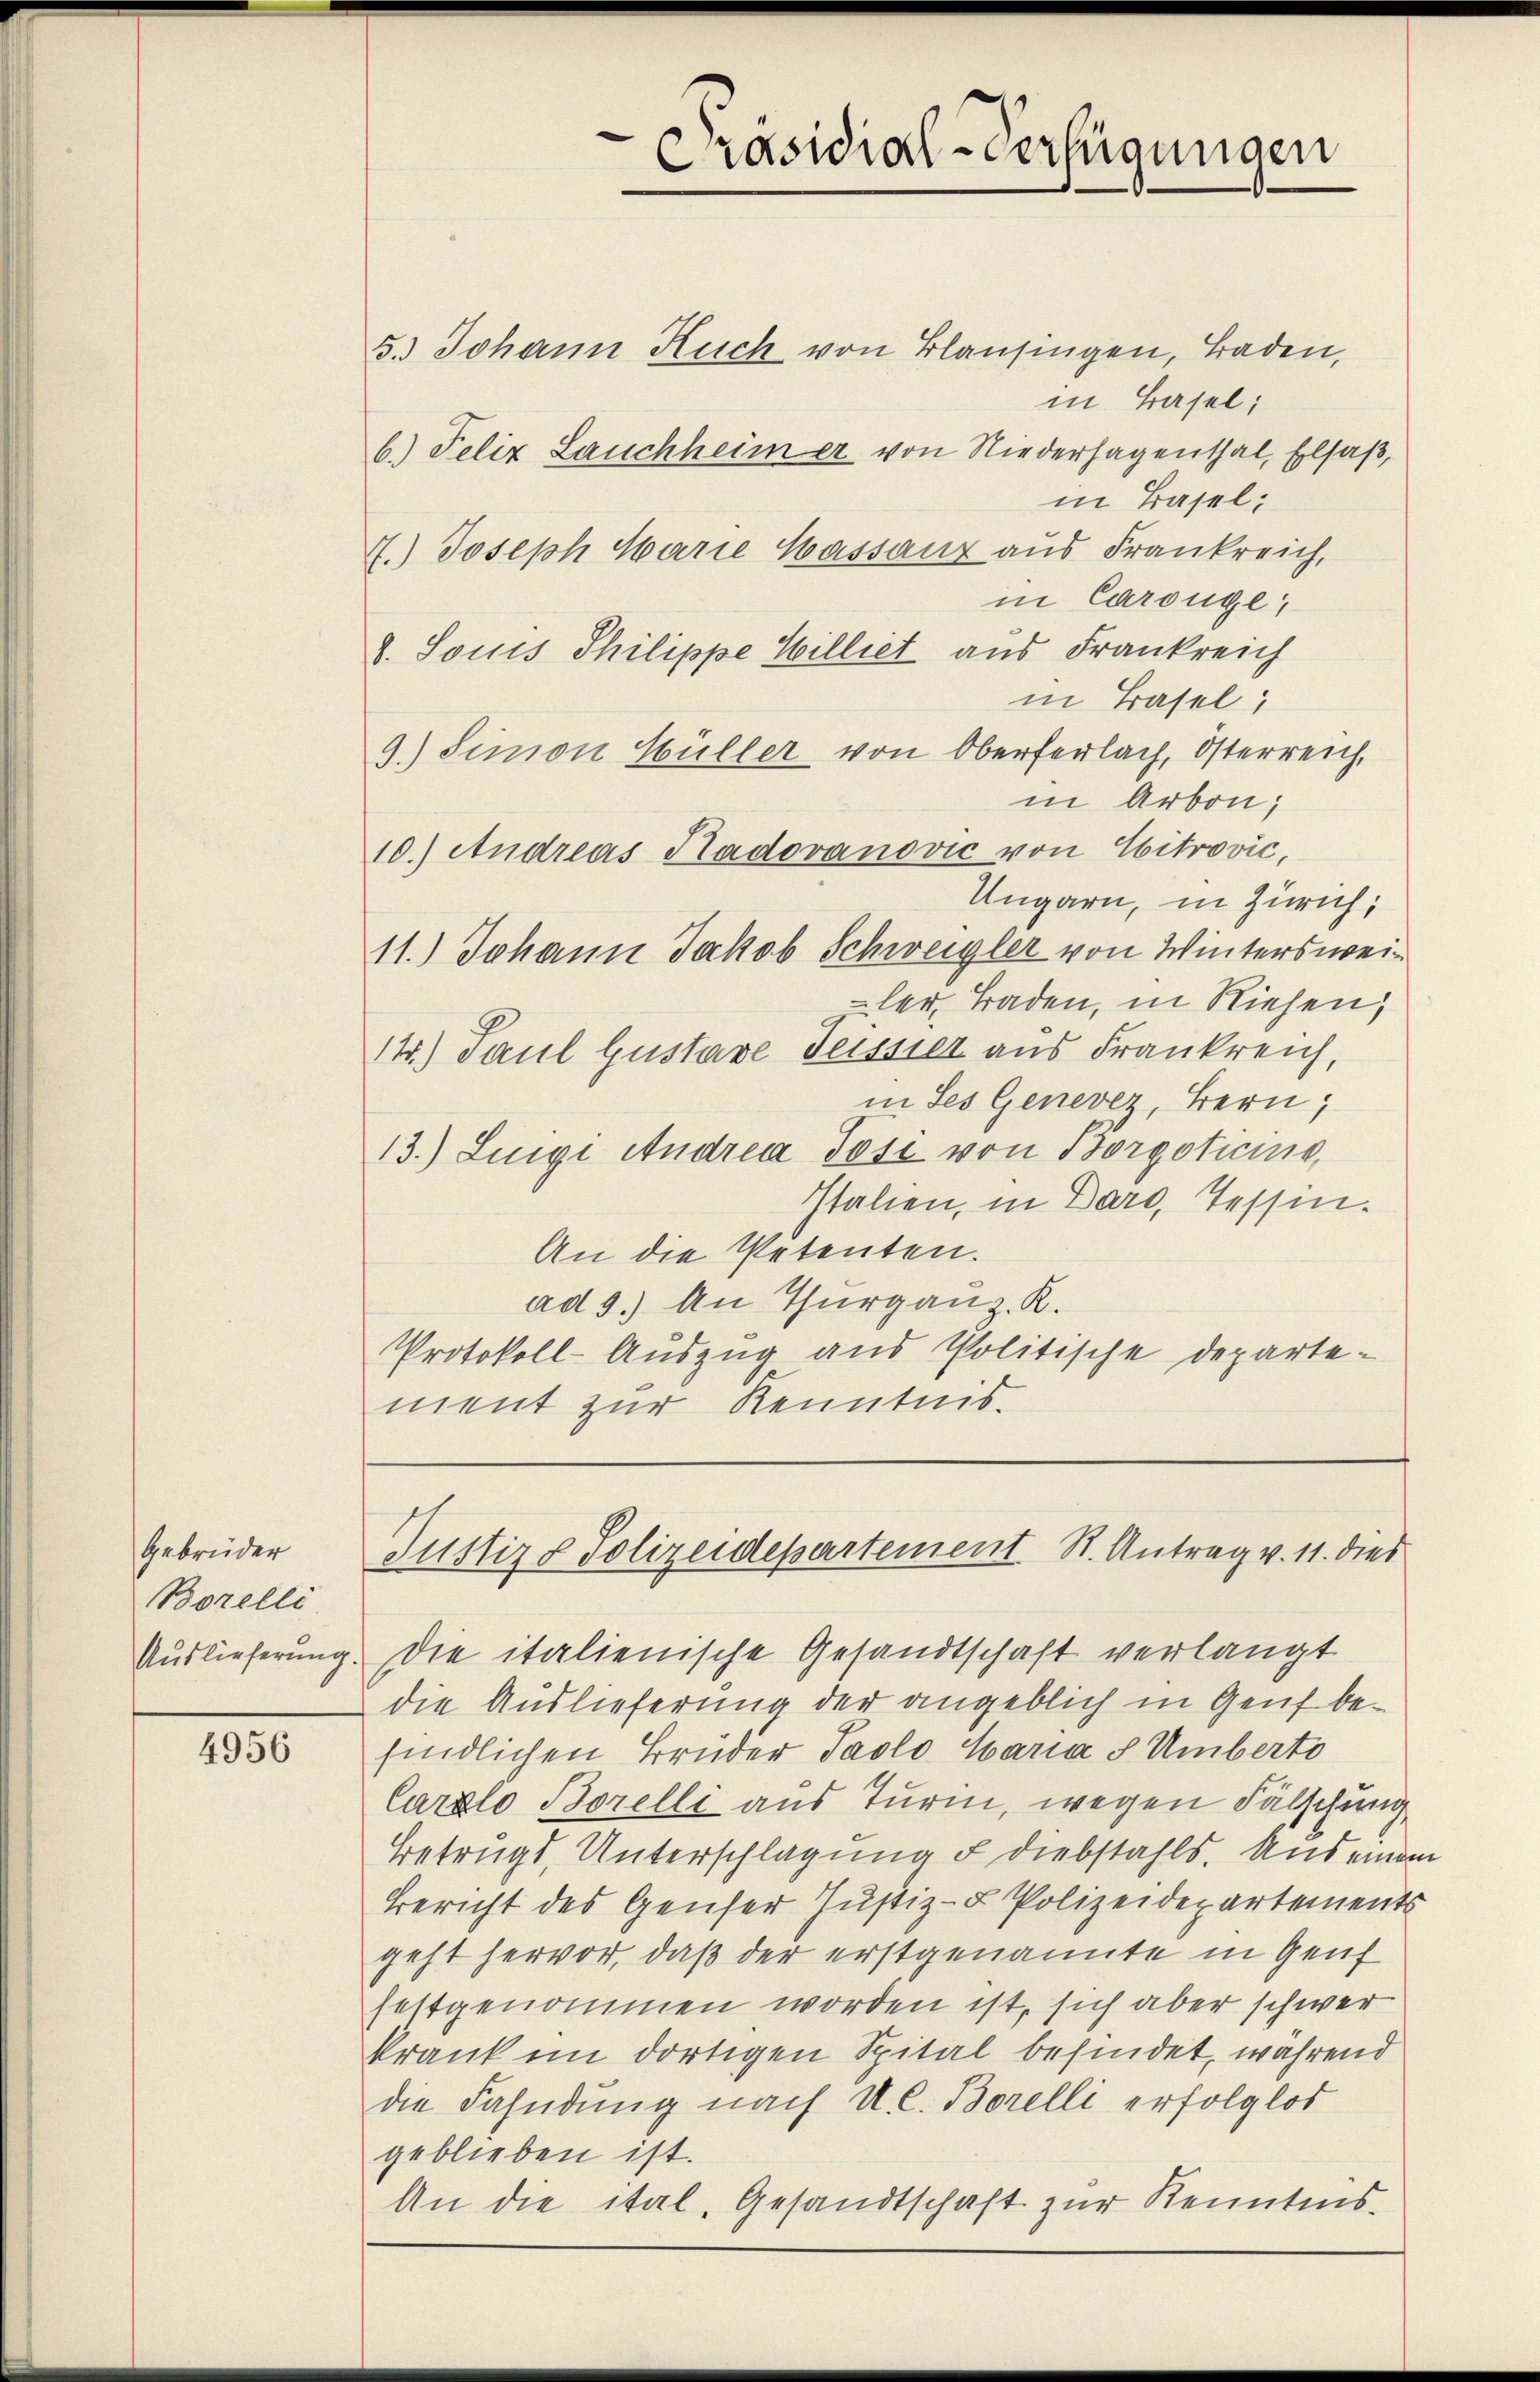
Gebrüder
Borelli
Auslieferung

4956

5.) Johann Ruch von Blausingen, Baden,
in Basel;
b.) Felix Lauchheim er von Niederhagenthal, Elsaß,
in Basel;
7.) Joseph Marie Wassauz aus Frankreich,
in Carouge;
8. Louis Philippe Williet aus Frankreich
in Basel,
9.) Simon Hüller von Oberferlach, Osterreich,
in Arbon,
10.) Andreas Hadovanović von Citrović,
Ungarn, in Zürich,
11.) Johann Jakob Schweigler von Wintersweiler. Traden, in Riehen,
14.) Paul Gustave Tessier aus Frankreich,
in des Genevez, Bern;
13.) Lingi Andrea Jost von Borgoticis,
Italien, in Daro, Tessin.
An die Petenten.
ad 3.) An Thurganz. R.
Protokoll-Auszug aus Politische Departement zur Kenntnis.

Präsidial-Verfügungen

Justiz & Polizeidepartement St. Antrag v. 11. dies

die italienische Gesandtschaft verlangt
die Auslieferung der angeblich in Genf befindlichen Brüder Paolo Maria s Umberto
Carzlo Borelli aus Turin, wegen Fälschung
Betrugs, Unterschlagung u Diebstahls. Und einem
Bericht des Genser Justiz- & Polizeidepartements
geht hervor, daß der erstgenannte in Genf
festgenommen worden ist, sich aber schwer
krank im dortigen Spital befindet, während
die Fahndung nach Al. Borelli erfolglos
geblieben ist.
An die ital, Gesandtschaft zur Kenntnis¬